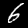
Digit: 6